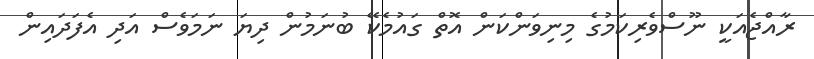
ރާއްޖެއަކީ ނޫސްވެރިކަމުގެ މިނިވަންކަަން އޮތް ގައުމެކޭ ބުނަމުން ދިޔަ ނަމަވެސް އަދި އެފަދައިން